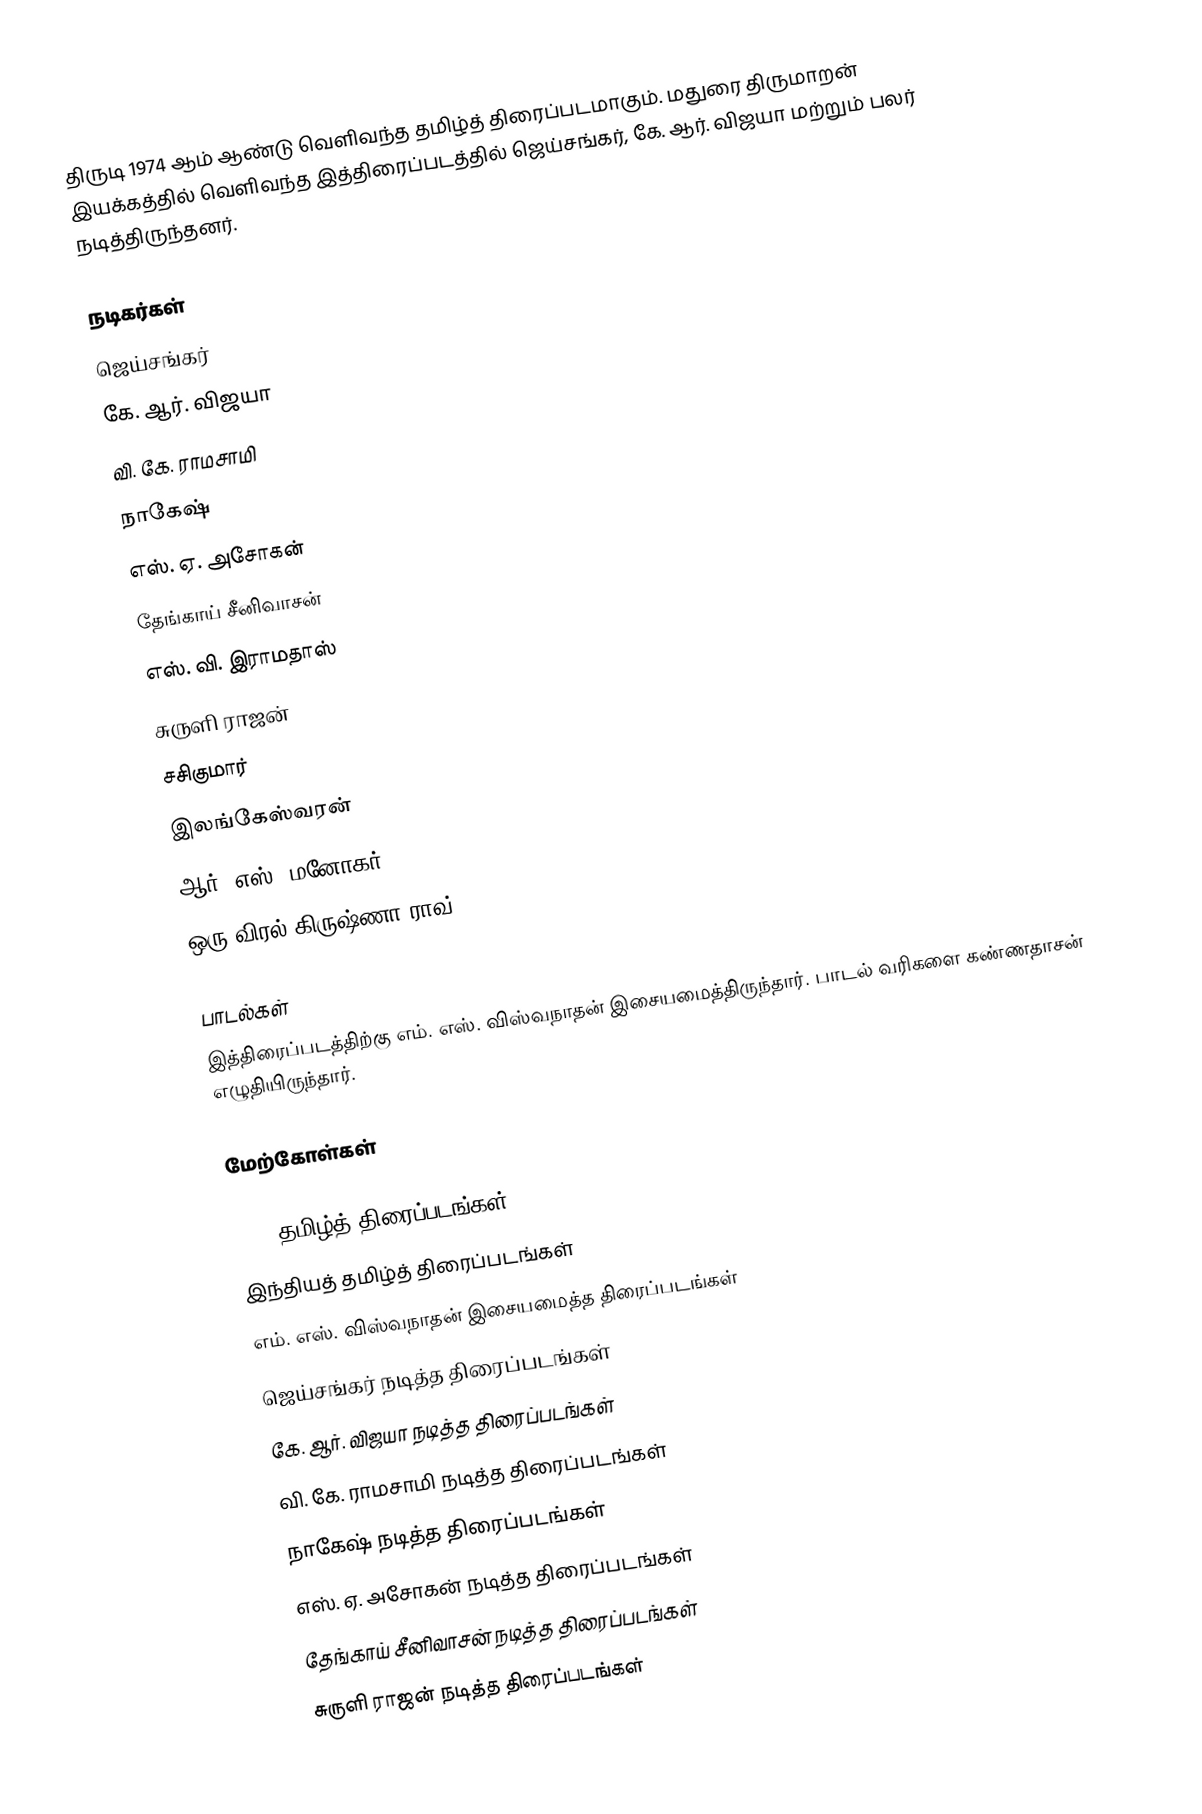
திருடி 1974 ஆம் ஆண்டு வெளிவந்த தமிழ்த் திரைப்படமாகும். மதுரை திருமாறன் இயக்கத்தில் வெளிவந்த இத்திரைப்படத்தில் ஜெய்சங்கர், கே. ஆர். விஜயா மற்றும் பலர் நடித்திருந்தனர்.

நடிகர்கள்
 ஜெய்சங்கர்
 கே. ஆர். விஜயா
 வி. கே. ராமசாமி
 நாகேஷ்
 எஸ். ஏ. அசோகன்
 தேங்காய் சீனிவாசன்
 எஸ். வி. இராமதாஸ்
 சுருளி ராஜன்
 சசிகுமார்
 இலங்கேஸ்வரன்
 ஆர். எஸ். மனோகர்
 ஒரு விரல் கிருஷ்ணா ராவ்

பாடல்கள்
இத்திரைப்படத்திற்கு எம். எஸ். விஸ்வநாதன் இசையமைத்திருந்தார். பாடல் வரிகளை கண்ணதாசன் எழுதியிருந்தார்.

மேற்கோள்கள்

1974 தமிழ்த் திரைப்படங்கள்
இந்தியத் தமிழ்த் திரைப்படங்கள்
எம். எஸ். விஸ்வநாதன் இசையமைத்த திரைப்படங்கள்
ஜெய்சங்கர் நடித்த திரைப்படங்கள்
கே. ஆர். விஜயா நடித்த திரைப்படங்கள்
வி. கே. ராமசாமி நடித்த திரைப்படங்கள்
நாகேஷ் நடித்த திரைப்படங்கள்
எஸ். ஏ. அசோகன் நடித்த திரைப்படங்கள்
தேங்காய் சீனிவாசன் நடித்த திரைப்படங்கள்
சுருளி ராஜன் நடித்த திரைப்படங்கள்